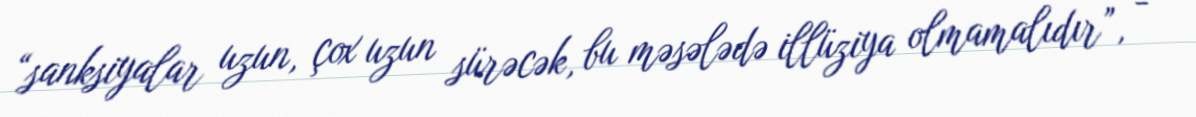
“sanksiyalar uzun, çox uzun sürəcək, bu məsələdə illüziya olmamalıdır”, -